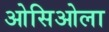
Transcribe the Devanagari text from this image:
ओसिओला